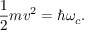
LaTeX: { \frac { 1 } { 2 } } m v ^ { 2 } = \hbar \omega _ { c } .